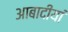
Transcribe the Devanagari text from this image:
आबादीयां